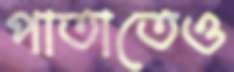
পাতাতেও